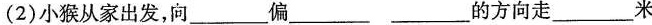
(2)小猴从家出发，向___偏___的方向走___米